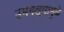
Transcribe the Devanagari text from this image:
उमगल्यामुळे